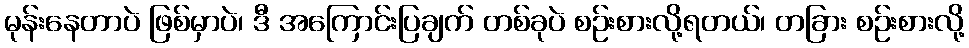
မုန်းနေတာပဲ ဖြစ်မှာပဲ၊ ဒီ အကြောင်းပြချက် တစ်ခုပဲ စဉ်းစားလို့ရတယ်၊ တခြား စဉ်းစားလို့